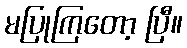
မပြုကြတော့ ပြီ။